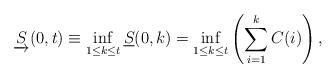
LaTeX: \begin{align*} \underrightarrow{S}(0,t) \equiv \inf_{1\le k\le t} \underline{S}(0,k) = \inf_{{1}\le{k}\le{t}}\left(\sum\limits_{i=1}\limits^{k}{C(i)}\right),\end{align*}